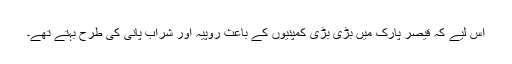
اس لیے کہ قیصر پارک میں بڑی بڑی کمپنیوں کے باعث روپیہ اور شراب پانی کی طرح بہتے تھے۔